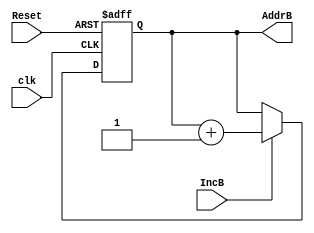
module CounterB (
// increments every second clk edge; two times slower than CounterA
output reg [1:0] AddrB,
input            IncB ,
input            Reset,
input            clk
);

//reg clk_div_2 = 0;
/*
always @(posedge clk)
begin
	clk_div_2 <= ~clk_div_2;
end
*/
always @(posedge clk or posedge Reset)
begin
	if (Reset)
		 AddrB <= 2'b00;
	else if (IncB)
// the counter rolls over automatically
		 AddrB <= AddrB + 1;
	
end
endmodule